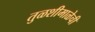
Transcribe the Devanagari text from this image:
तुळशीमाळेची